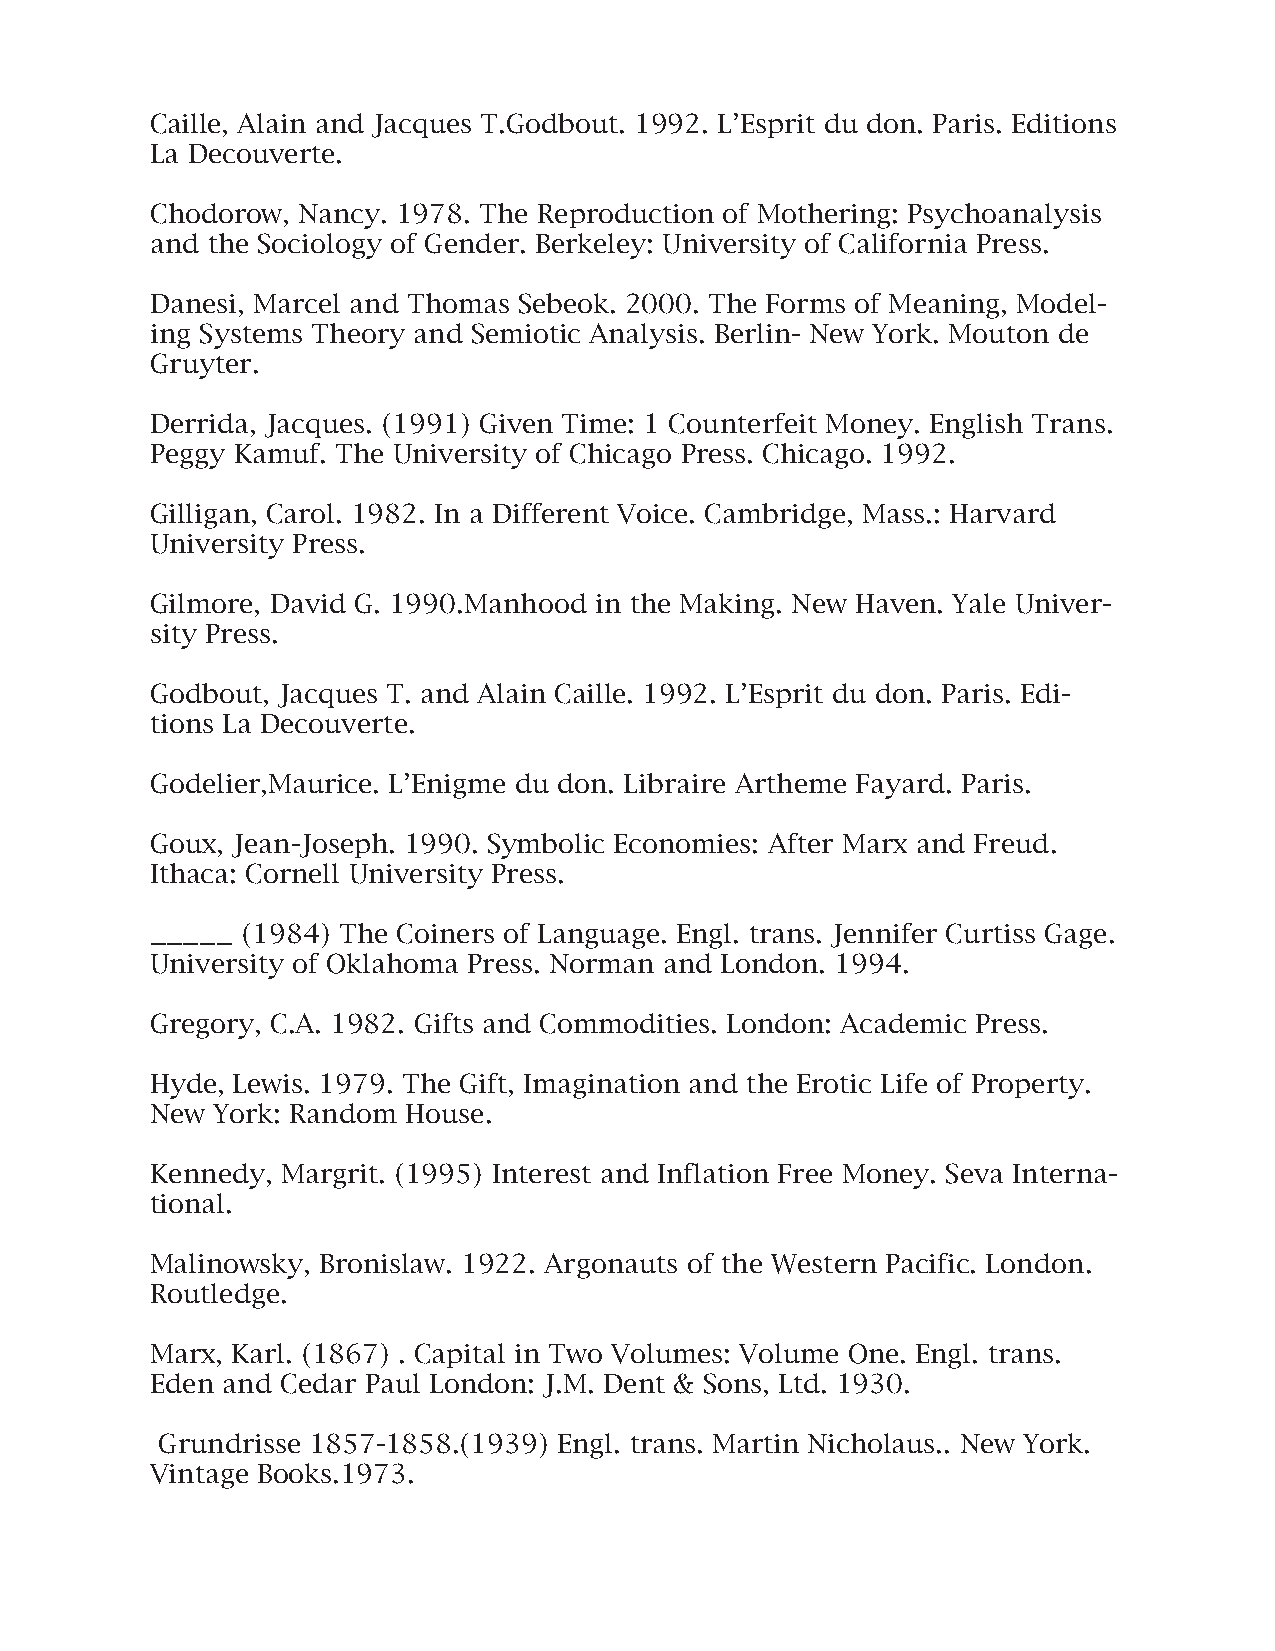
Caille, Alain and Jacques T.Godbout. 1992. L’Esprit du don. Paris. Editions
 La Decouverte.
 Chodorow, Nancy. 1978. The Reproduction of Mothering: Psychoanalysis
 and the Sociology of Gender. Berkeley: University of California Press.
 Danesi, Marcel and Thomas Sebeok. 2000. The Forms of Meaning, Model-
 ing Systems Theory and Semiotic Analysis. Berlin- New York. Mouton de
 Gruyter.
 Derrida, Jacques. (1991) Given Time: 1 Counterfeit Money. English Trans.
 Peggy Kamuf. The University of Chicago Press. Chicago. 1992.
 Gilligan, Carol. 1982. In a Different Voice. Cambridge, Mass.: Harvard
 University Press.
 Gilmore, David G. 1990.Manhood in the Making. New Haven. Yale Univer-
 sity Press.
 Godbout, Jacques T. and Alain Caille. 1992. L’Esprit du don. Paris. Edi-
 tions La Decouverte.
 Godelier,Maurice. L’Enigme du don. Libraire Artheme Fayard. Paris.
 Goux, Jean-Joseph. 1990. Symbolic Economies: After Marx and Freud.
 Ithaca: Cornell University Press.
 _____ (1984) The Coiners of Language. Engl. trans. Jennifer Curtiss Gage.
 University of Oklahoma Press. Norman and London. 1994.
 Gregory, C.A. 1982. Gifts and Commodities. London: Academic Press.
 Hyde, Lewis. 1979. The Gift, Imagination and the Erotic Life of Property.
 New York: Random House.
 Kennedy, Margrit. (1995) Interest and Inflation Free Money. Seva Interna-
 tional.
 Malinowsky, Bronislaw. 1922. Argonauts of the Western Pacific. London.
 Routledge.
 Marx, Karl. (1867) . Capital in Two Volumes: Volume One. Engl. trans.
 Eden and Cedar Paul London: J.M. Dent & Sons, Ltd. 1930.
 Grundrisse 1857-1858.(1939) Engl. trans. Martin Nicholaus.. New York.
 Vintage Books.1973.